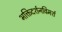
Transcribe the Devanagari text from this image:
भक्तिदर्शनविमर्श